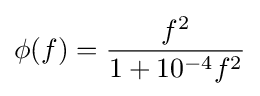
\phi (f)={\frac {f^{2}}{1+10^{-4}f^{2}}}